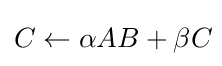
C\leftarrow \alpha AB+\beta C\!